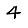
Digit: 4